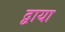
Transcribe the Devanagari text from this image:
द्वाया